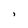
Character: i